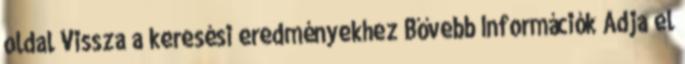
oldal Vissza a keresési eredményekhez Bővebb Információk Adja el